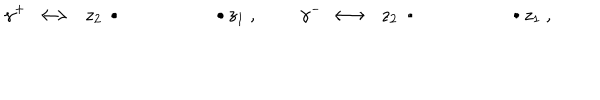
\gamma ^ { + } \ \longleftrightarrow \ \ z _ { 2 } \, \bullet \quad \qquad \qquad \bullet \, z _ { 1 } \ , \ \quad \quad \gamma ^ { - } \ \longleftrightarrow \ \ z _ { 2 } \, \bullet \quad \qquad \qquad \bullet \, z _ { 1 } \ ,